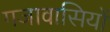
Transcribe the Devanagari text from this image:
गजावासियों